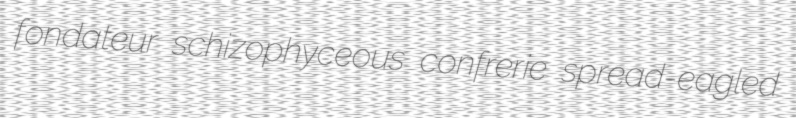
fondateur schizophyceous confrerie spread-eagled